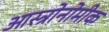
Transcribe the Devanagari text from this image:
आस्त्रोनोमीक